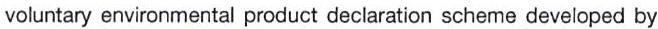
voluntary environmental product declaration scheme developed by